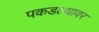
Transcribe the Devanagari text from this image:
पकडल्यावर